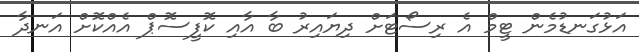
އަޅުގަނޑުމެން ޓީމް އެ ރިސޯޓަށް ދިޔައިރު ބާ އާއި ކޮފީސޮޕް އެއްކޮށް އަނދާ